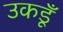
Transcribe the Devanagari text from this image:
उकडूँ